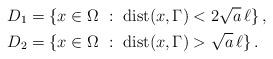
LaTeX: \begin{align*}&D_{1}=\{x\in\Omega~:~{\rm dist}(x,\Gamma)< 2\sqrt{a}\,\ell\}\,,\\&D_{2}=\{x\in\Omega~:~{\rm dist}(x,\Gamma)> \sqrt{a}\,\ell\}\,.\\\end{align*}